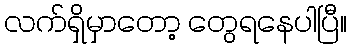
လက်ရှိမှာတော့ တွေရနေပါပြီ။